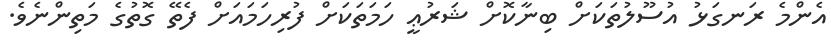
އެންމެ ރަނގަޅު އުސޫލުތަކަށް ބިނާކޮށް ޝަރުޢީ ހަމަތަކަށް ފުރިހަމައަށް ފެތޭ ގޮތުގެ މަތިންނެވެ.